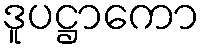
ဒူပဋ္ဌာကော